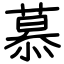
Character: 慕